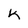
Character: K